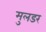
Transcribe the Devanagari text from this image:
मुलडर